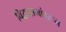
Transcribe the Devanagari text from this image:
विद्वत्सभांवरून